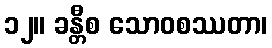
၁၂။ ခန္တီစ သောဝစဿတာ၊